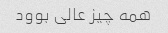
همه چیز عالی بوود